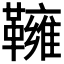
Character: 𩍓